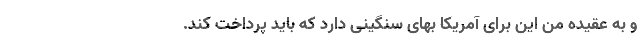
و به عقیده من این برای آمریکا بهای سنگینی دارد که باید پرداخت کند.